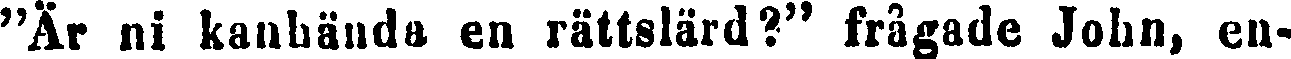
"Är ni kanhända en rättslärd?" frågade John, en-